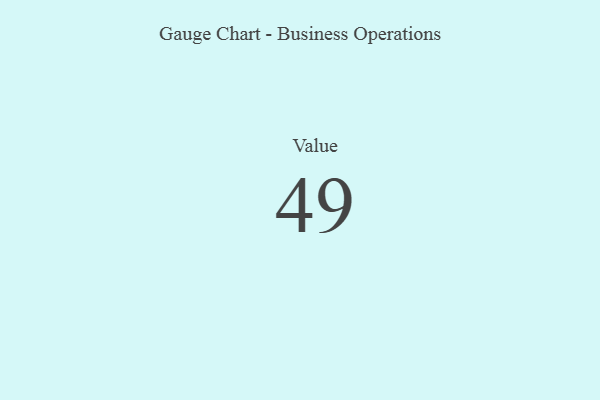
{"axis": {"x": "Metric", "y": "Value"}, "legend": [""], "data": [{"x": "Value", "y": 49, "type": ""}]}